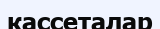
кассеталар